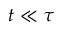
t \ll \tau